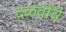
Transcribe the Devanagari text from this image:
दळवींचे